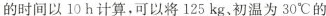
的时间以10h计算，可以将125kg、初温为30℃的